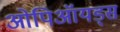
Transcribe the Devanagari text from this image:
ओपिऑयड्स